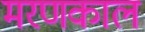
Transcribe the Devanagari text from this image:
मरणकाल